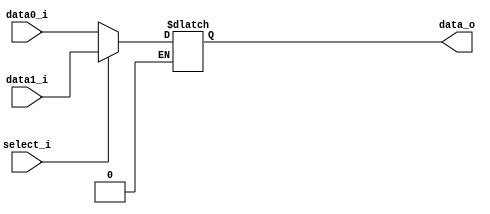

module MUX_2to1(
    data0_i,
    data1_i,
    select_i,
    data_o
    );

parameter size = 0;

//I/O ports
input   [size-1:0] data0_i;
input   [size-1:0] data1_i;
input              select_i;
output  [size-1:0] data_o;

//Internal Signals
reg     [size-1:0] data_o;

//begin logic
always@(*) begin
    if (select_i==1) begin
        data_o=data1_i;    
    end
    else if (select_i==0)begin
        data_o=data0_i;
    end

end


endmodule